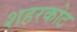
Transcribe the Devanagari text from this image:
शहरकोट